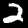
Digit: 2